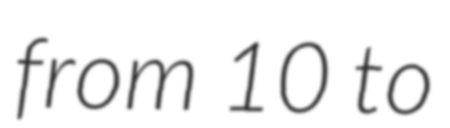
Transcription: from 10 to